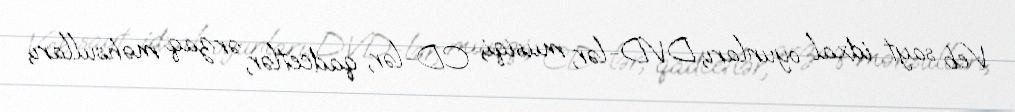
Veb sayt idxal oyunları, DVD-lər, musiqi, CD-lər, qadcetlər, ərzaq məhsulları,